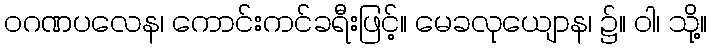
ဝဂဏပလေန၊ ကောင်းကင်ခရီးဖြင့်။ မေခလုယျောန၊ ၌။ ဝါ၊ သို့။